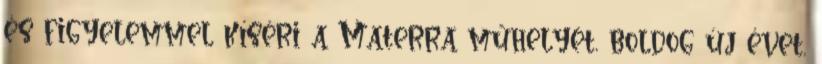
és figyelemmel kíséri a Materra műhelyét, boldog új évet,